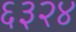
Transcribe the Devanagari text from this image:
६३२४